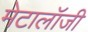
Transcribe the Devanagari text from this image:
मेटालॉजी